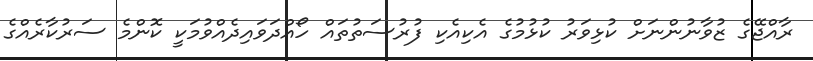
ރާއްޖޭގެ ޒުވާނުންނަށް ކުޅިވަރު ކުޅުމުގެ އެކިއެކި ފުރުސަތުތައް ހޯއްދަވައިދެއްވުމަކީ ކޮންމެ ސަރުކާރެއްގެ